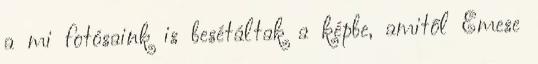
a mi fotósaink is besétáltak a képbe, amitől Emese